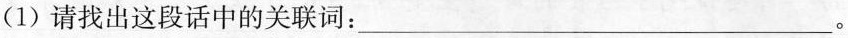
(1)请找出这段话中的关联词：___ 。